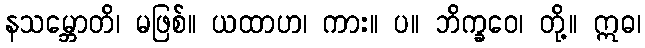
နသမ္ဘောတိ၊ မဖြစ်။ ယထာဟ၊ ကား။ ပ။ ဘိက္ခဝေ၊ တို့။ ဣဓ၊